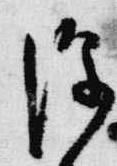
深